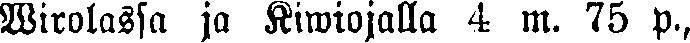
Wirolassa ja Kiwiojalla 4 m. 75 p.,